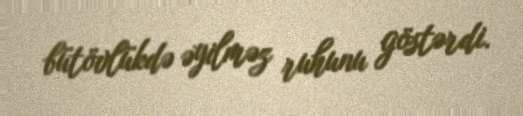
bütövlükdə əyilməz ruhunu göstərdi.